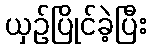
ယှဉ်ပြိုင်ခဲ့ပြီး